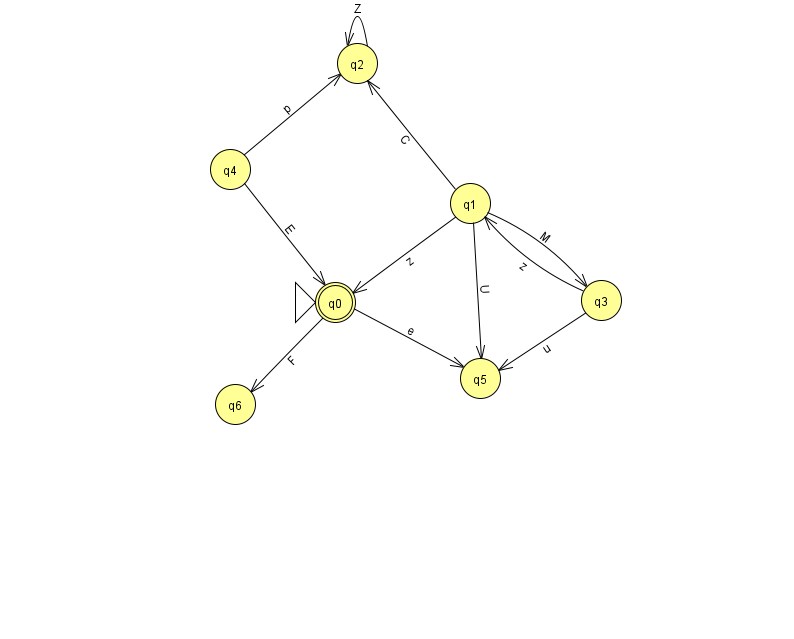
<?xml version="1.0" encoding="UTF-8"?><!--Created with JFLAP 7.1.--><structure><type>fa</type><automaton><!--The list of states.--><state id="0" name="q0"><x>335.0</x><y>289.0</y><initial/><final/></state><state id="1" name="q1"><x>470.0</x><y>190.0</y></state><state id="2" name="q2"><x>357.0</x><y>50.0</y></state><state id="3" name="q3"><x>601.0</x><y>287.0</y></state><state id="4" name="q4"><x>230.0</x><y>156.0</y></state><state id="5" name="q5"><x>480.0</x><y>365.0</y></state><state id="6" name="q6"><x>235.0</x><y>391.0</y></state><!--The list of transitions.--><transition><from>0</from><to>6</to><read>F</read></transition><transition><from>1</from><to>0</to><read>z</read></transition><transition><from>1</from><to>5</to><read>U</read></transition><transition><from>3</from><to>5</to><read>u</read></transition><transition><from>0</from><to>5</to><read>e</read></transition><transition><from>1</from><to>3</to><read>M</read></transition><transition><from>2</from><to>2</to><read>Z</read></transition><transition><from>4</from><to>0</to><read>E</read></transition><transition><from>4</from><to>2</to><read>p</read></transition><transition><from>1</from><to>2</to><read>C</read></transition><transition><from>3</from><to>1</to><read>z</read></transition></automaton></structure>